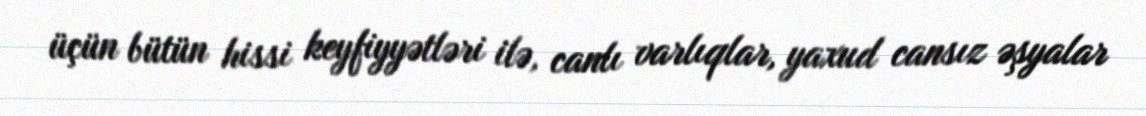
üçün bütün hissi keyfiyyətləri ilə, canlı varlıqlar, yaxud cansız əşyalar